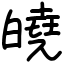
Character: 皢